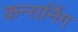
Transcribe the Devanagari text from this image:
कन्सर्निग